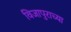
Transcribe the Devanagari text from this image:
विजापुराच्या